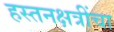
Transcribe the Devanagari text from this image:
हस्तनक्षत्रींचा